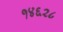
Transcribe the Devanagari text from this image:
१४६२८